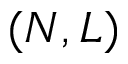
( N , L )